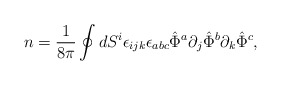
\begin{align*}n=\frac{1}{8\pi}\oint dS^i\epsilon_{ijk}\epsilon_{abc}\hat{\Phi}^a\partial_j \hat{\Phi}^b \partial_k \hat{\Phi}^c , \end{align*}